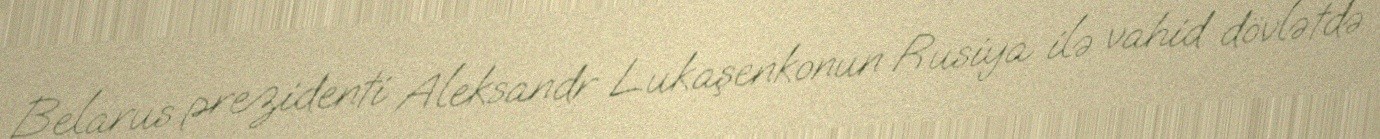
Belarus prezidenti Aleksandr Lukaşenkonun Rusiya ilə vahid dövlətdə